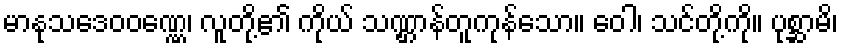
မာနုသဒေဝဝဏ္ဏေ၊ လူတို့၏ ကိုယ် သဏ္ဌာန်တူကုန်သော။ ဝေါ၊ သင်တို့ကို။ ပုစ္ဆာမိ၊